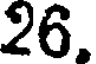
26.